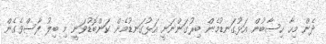
ދެން މިހާ ހިސާބުން އަޅުގަނޑުމެން ބިރުގަންނަނީ އަޅުގަނޑުމެން ކަންބޮޑުވަނީ މި ބިލު ފާސްވެގެން